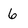
Character: 6